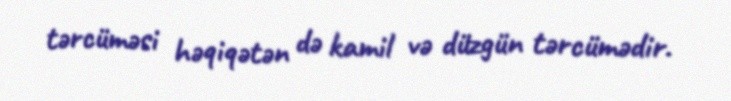
tərcüməsi həqiqətən də kamil və düzgün tərcümədir.